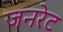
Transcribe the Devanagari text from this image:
जनरेट